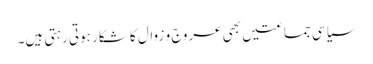
سیاسی جماعتیں بھی عروج و زوال کا شکار ہوتی رہتی ہیں۔